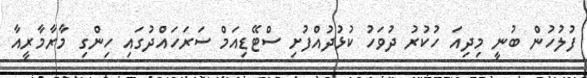
ފުލުހުން ބުނީ މިދިއަ ހުކުރު ދުވަހު ކުޅުދުއްފުށި ސްޓޭޑިއަމް ސަރަހައްދުގައި ހިންގި މާރާމާރީއާ